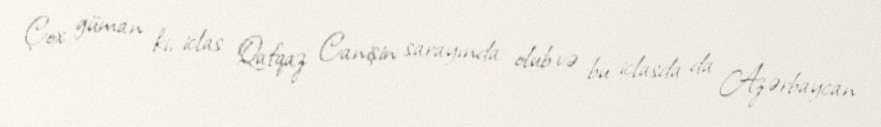
Çox güman ki, iclas Qafqaz Canişin sarayında olub və bu iclasda da Azərbaycan